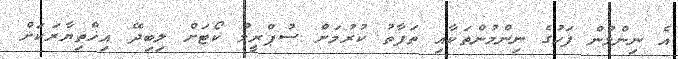
އެ ނިންމުން ފަހުގެ ނިންމުންތަކާއި ތަފާތު ކުރުމަށް ސުޕްރީމް ކޯޓަށް ލިބިދޭ އިޚްތިޔާރަކަށް